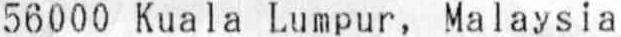
56000 KUALA LUMPUR, MALAYSIA